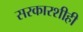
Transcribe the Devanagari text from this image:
सरकारशीही